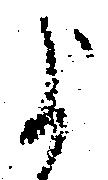
よ